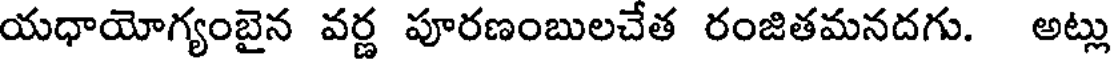
యధాయోగ్యంబైన వర్ణ పూరణంబులచేత రంజితమనదగు. అట్లు